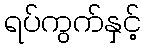
ရပ်ကွက်နှင့်